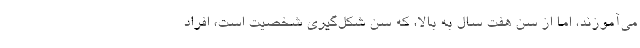
می‌آموزند، اما از سن هفت سال به بالا، که سن شکل‌گیری شخصیت است، افراد